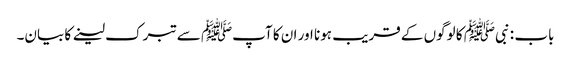
باب : نبیﷺ کا لوگوں کے قریب ہونا اور ان کا آپﷺ سے تبرک لینے کا بیان۔